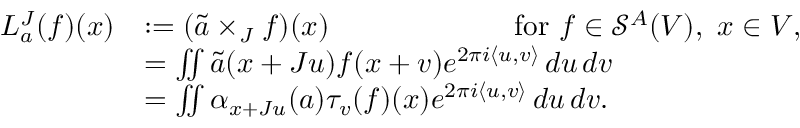
\begin{array} { r l } { L _ { a } ^ { J } ( f ) ( x ) } & { : = ( \tilde { a } \times _ { J } f ) ( x ) \qquad \qquad \qquad \mathrm { ~ f o r ~ } f \in \mathcal { S } ^ { A } ( V ) , \ x \in V , } \\ & { = \iint \tilde { a } ( x + J u ) f ( x + v ) e ^ { 2 \pi i \langle u , v \rangle } \, d u \, d v } \\ & { = \iint \alpha _ { x + J u } ( a ) \tau _ { v } ( f ) ( x ) e ^ { 2 \pi i \langle u , v \rangle } \, d u \, d v . } \end{array}